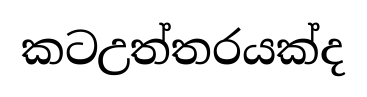
කටඋත්තරයක්ද